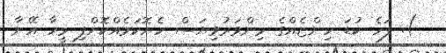
). ފަހެ ކުޑަ ހިންޏެއްގެ މިންވަރުވިޔަސް ހެޔޮކަމެއްކޮށްފި މީހާ އޭނާ